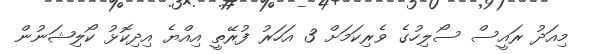
މިއަދު ރައީސް ސޯލިހުގެ ވެރިކަމަށް 3 އަހަރު ފުރޭތީ އިއްޔެ އިދިކޮޅު ކޯލިޝަނުން